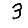
Digit: 3